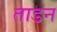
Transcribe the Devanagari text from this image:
ताडन